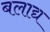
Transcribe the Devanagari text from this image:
बलाद्य